Trukikaitis_Postimees, lk 26
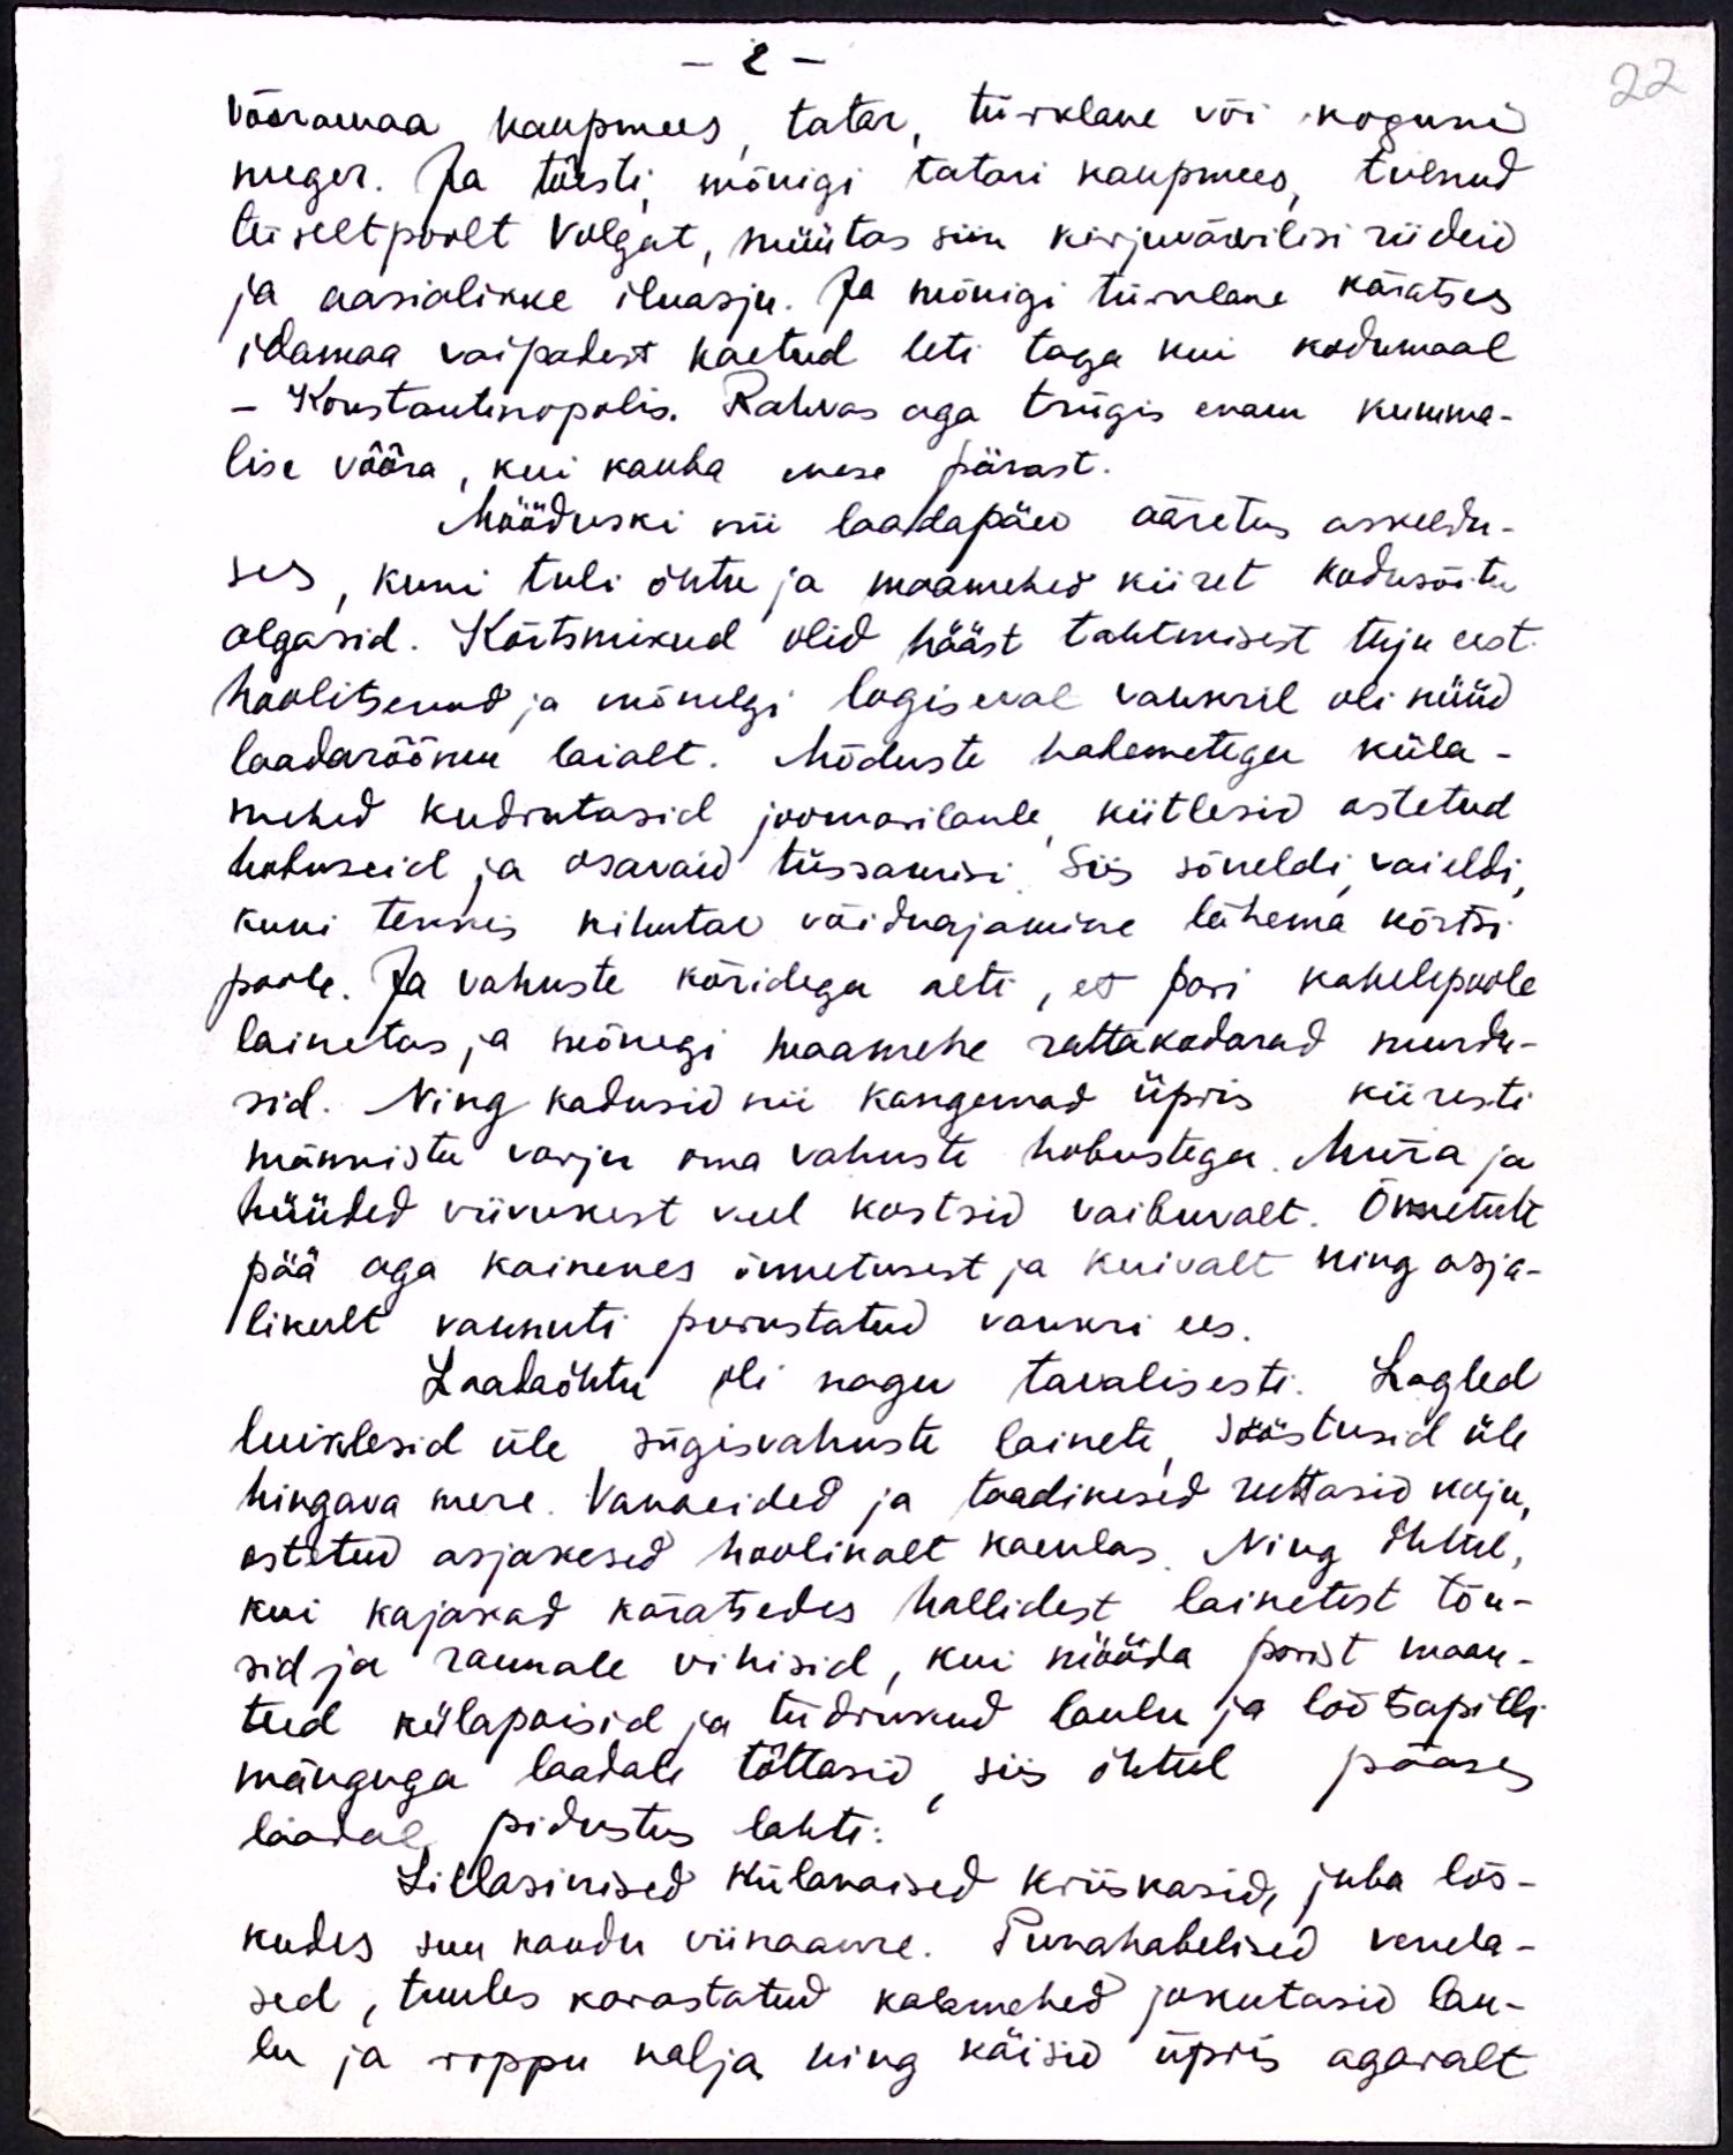
- 2 -
võõramaa kaupmees tatar, türklane või koguni
neeger. Ja tõesti, mõnigi tatari kaupmees, tulnud
teiseltpoolt Valgat, müütas siin kirjuvärvilisi riideid
ja aasialikke iluasju. Ja mõnigi türklane käratses
idamaa vaipadest kaetud leti taga kui kodumaal
- Konstantinopolis. Rahvas aga trügis enam kumma-
lise võõra, kui kauba enese pärast.
Mööduski nii laadapäev ääretus askeldu-
ses, kuni tuli õhtu ja maamehed kiiret kodusõitu
algasid. Kõrtsmikud olid hääst tahtmisest tuju eest
hoolitsenud ja mõnelgi logiseval vankril oli nüüd
laadarõõmu laialt. Mõduste habemetega küla-
mehed kudrutasid joomarilaule kiitlesid ostetud
hobuseid ja osavaid tüssamisi. Siis sõneldi vaieldi,
kuni tekkis kihutav võiduajamine lähema kõrtsi
poole. Ja vahuste kõridega aeti, et pori kahelepoole
lainetas ja mõnegi maamehe rattakodarad murdu-
sid. Ning kadusid nii kangemad üpris kiiresti
männistu varju oma vahuste hobustega. Müra ja
hüüded viivukest veel kostsid vaibuvalt. Õnnetult
pää aga kainenes õnnetusest ja kuivalt ning asja-
likult vannuti purustatud vankri ees.
Laadaõhtu oli nagu tavalisesti. Lagled
luiklesid üle sügisvahuste lainete sööstusid üle
hingava mere. Vanaeided ja taadikesed ruttasid koju,
ostetud asjakesed hoolikalt kaenlas. Ning õhtul,
kui kajakad käratsedes hallidest lainetest tõu-
sid ja rannale vihisid, kui mööda porist maan-
teed külapoisid ja tüdrukud laulu ja lõõtsapilli
mänguga laadale tõttasid, siis õhtul pääses
laadal pidustus lahti.
Lillasinised külanaised kriiskasid, juba lõs-
kudes suu kaudu viinaaure. Punahabelised venela-
sed, tuules karastatud kalamehed jorutasid lau-
lu ja roppu nalja ning käisid üpris agaralt

22